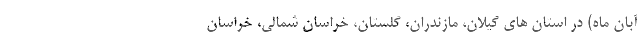
آبان ماه) در استان های گیلان، مازندران، گلستان، خراسان شمالی، خراسان